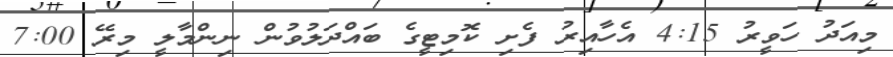
މިއަދު ހަވީރު 4:15 އެހާއިރު ފެށި ކޮމިޓީގެ ބައްދަލުވުން ނިންމާލީ މިރޭ 7:00